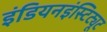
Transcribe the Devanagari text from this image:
इंडियनइंस्टिट्यूट